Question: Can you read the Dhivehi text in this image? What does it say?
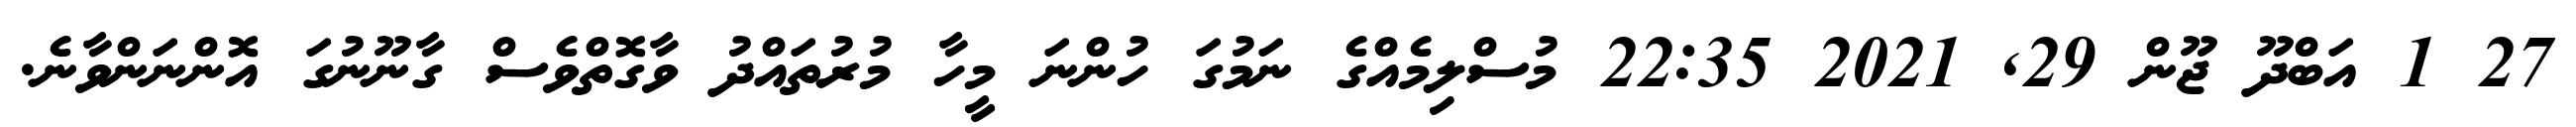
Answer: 27 1 އަބްދޫ ޖޫން 29, 2021 22:35 މުސްލިމެއްގެ ނަމުގަ ހުންނަ މީހާ މުރުތައްދު ވާގޮތްވެސް ގާނޫނުގަ އޮންނަންވާނެ.